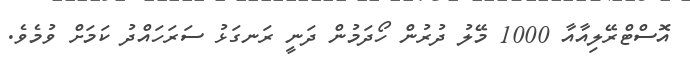
އޮސްޓްރޭލިއާއާ 1000 މޭލު ދުރުން ހޯދަމުން ދަނީ ރަނގަޅު ސަރަހައްދު ކަމަށް ވުމެވެ.